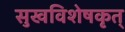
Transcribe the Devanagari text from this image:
सुखविशेषकृत्